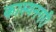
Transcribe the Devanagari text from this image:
कास्यनगरी